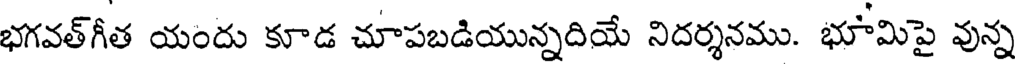
భగవత్గీత యందు కూడ చూపబడియున్నదియే నిదర్శనము. భూమిపై వున్న